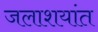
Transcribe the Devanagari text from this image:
जलाशयांत